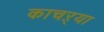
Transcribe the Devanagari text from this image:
काचऱ्या